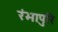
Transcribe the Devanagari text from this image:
रंभापुरि